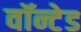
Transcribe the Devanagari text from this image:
वॉन्टेड